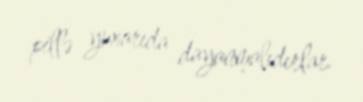
pillə yuxarıda dayanmalıdırlar.